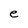
Character: e